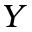
Y